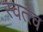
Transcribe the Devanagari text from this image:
स्वत्त्व